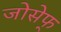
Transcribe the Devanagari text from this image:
जोसेफ्